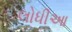
લોધીઆ